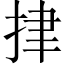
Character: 𢫫